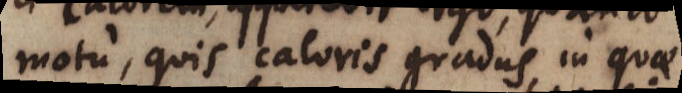
motu, quis caloris gradus, in quae